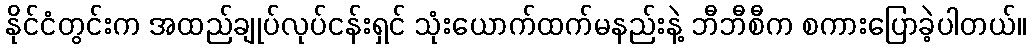
နိုင်ငံတွင်းက အထည်ချုပ်လုပ်ငန်းရှင် သုံးယောက်ထက်မနည်းနဲ့ ဘီဘီစီက စကားပြောခဲ့ပါတယ်။